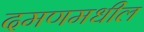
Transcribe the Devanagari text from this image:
दमणमधील